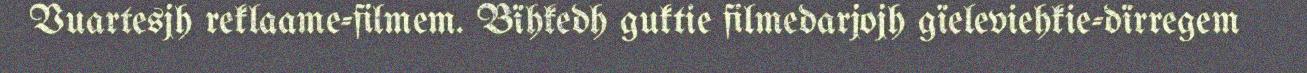
Vuartesjh reklaame-filmem. Bïhkedh guktie filmedarjojh gïeleviehkie-dïrregem